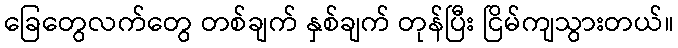
ခြေတွေလက်တွေ တစ်ချက် နှစ်ချက် တုန်ပြီး ငြိမ်ကျသွားတယ်။